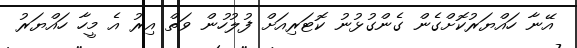
އޭނާ ހައްޔަރުކޮށްގެން ގެންގުޅުނު ކޮޓަރިއަށް ފުލުހުން ވަތް އިރު އެ މީހާ ހައްޔަރު